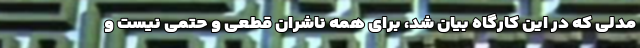
مدلی که در این کارگاه بیان شد، برای همه ناشران قطعی و حتمی نیست و